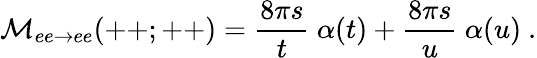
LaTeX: {\cal M}_{ee\rightarrow ee}(++;++)={\frac{8\pi s}{t}}\ \alpha(t)+{\frac{8\pi s}{u}}\ \alpha(u)\ .